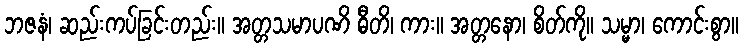
ဘဇနံ၊ ဆည်းကပ်ခြင်းတည်း။ အတ္တသမာပဏိ ဓီတိ၊ ကား။ အတ္တနော၊ စိတ်ကို။ သမ္မာ၊ ကောင်းစွာ။